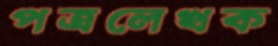
পত্রলেখক